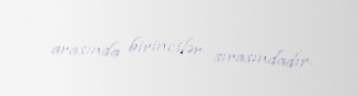
arasında birincilər sırasındadır.